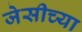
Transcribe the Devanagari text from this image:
जेसीच्या